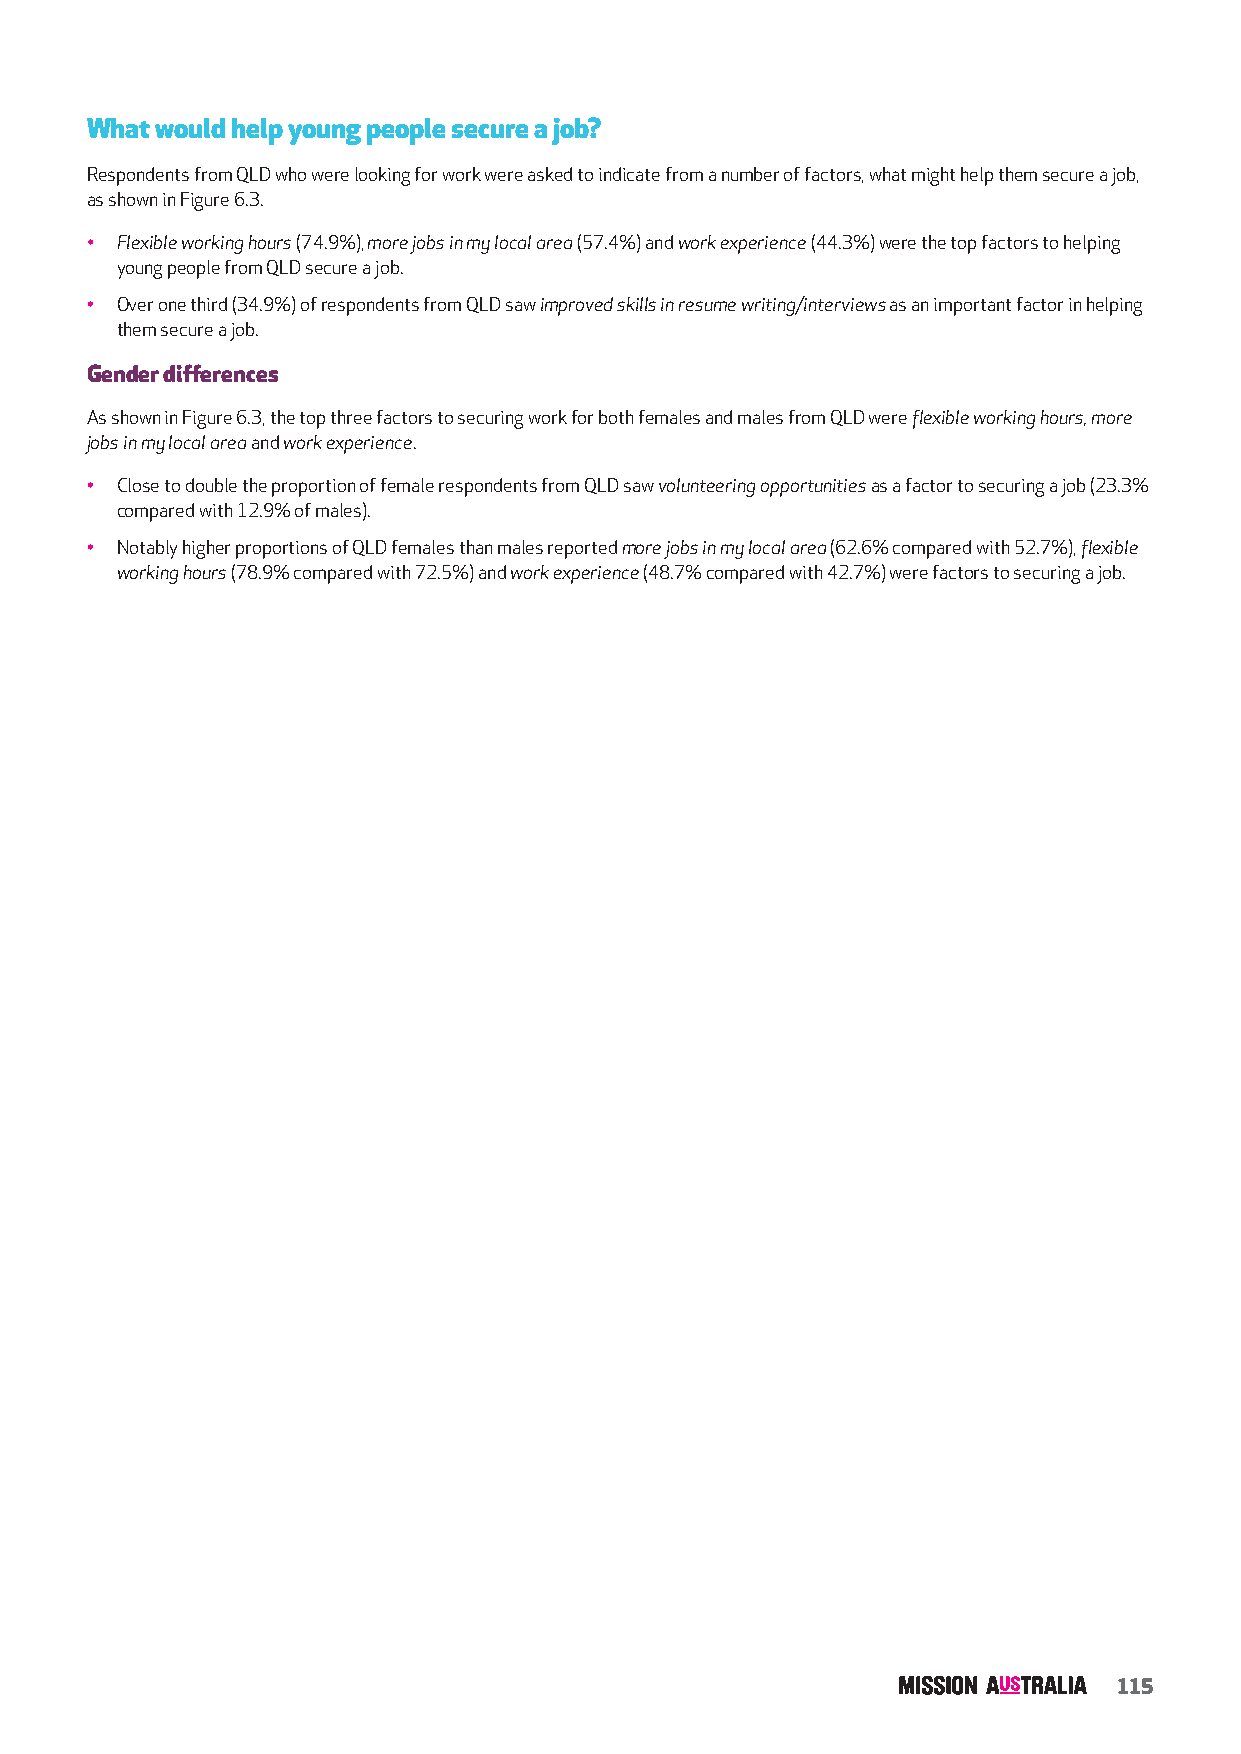
What would help young people secure a job?
 Respondents from QLD who were looking for work were asked to indicate from a number of factors, what might help them secure a job,
 as shown in Figure 6.3.
 • Flexible working hours (74.9%), more jobs in my local area (57.4%) and work experience (44.3%) were the top factors to helping
 young people from QLD secure a job.
 • Over one third (34.9%) of respondents from QLD saw improved skills in resume writing/interviews as an important factor in helping
 them secure a job.
 Gender differences
 As shown in Figure 6.3, the top three factors to securing work for both females and males from QLD were flexible working hours, more
 jobs in my local area and work experience.
 • Close to double the proportion of female respondents from QLD saw volunteering opportunities as a factor to securing a job (23.3%
 compared with 12.9% of males).
 • Notably higher proportions of QLD females than males reported more jobs in my local area (62.6% compared with 52.7%), flexible
 working hours (78.9% compared with 72.5%) and work experience (48.7% compared with 42.7%) were factors to securing a job.
 115